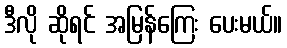
ဒီလို ဆိုရင် အမြန်ကြေး ပေးမယ်။